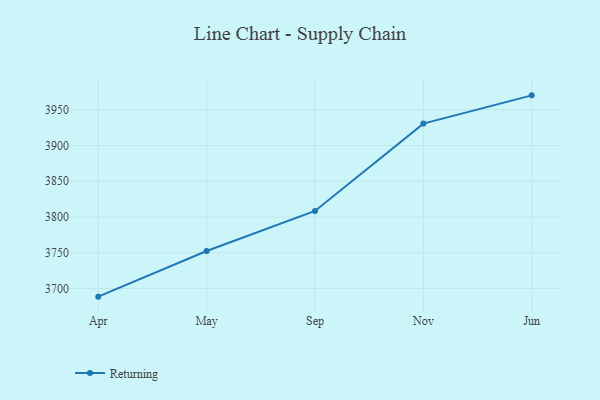
{"axis": {"x": "Month", "y": "Shipments"}, "legend": ["Returning"], "data": [{"x": "Apr", "y": 3688.6, "type": "Returning"}, {"x": "May", "y": 3752.4, "type": "Returning"}, {"x": "Sep", "y": 3808.4, "type": "Returning"}, {"x": "Nov", "y": 3930.6, "type": "Returning"}, {"x": "Jun", "y": 3970.1, "type": "Returning"}]}